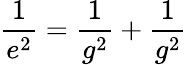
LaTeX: \frac{1}{e^{2}}=\frac{1}{g^{2}}+\frac{1}{g^{2}}